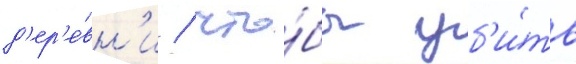
д'ер'е́вн'и / что́бы уб'и́ть